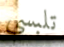
تلبسي